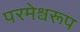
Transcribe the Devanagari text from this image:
परमेश्वरूप